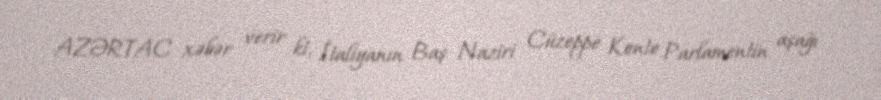
AZƏRTAC xəbər verir ki, İtaliyanın Baş Naziri Cüzeppe Konte Parlamentin aşağı